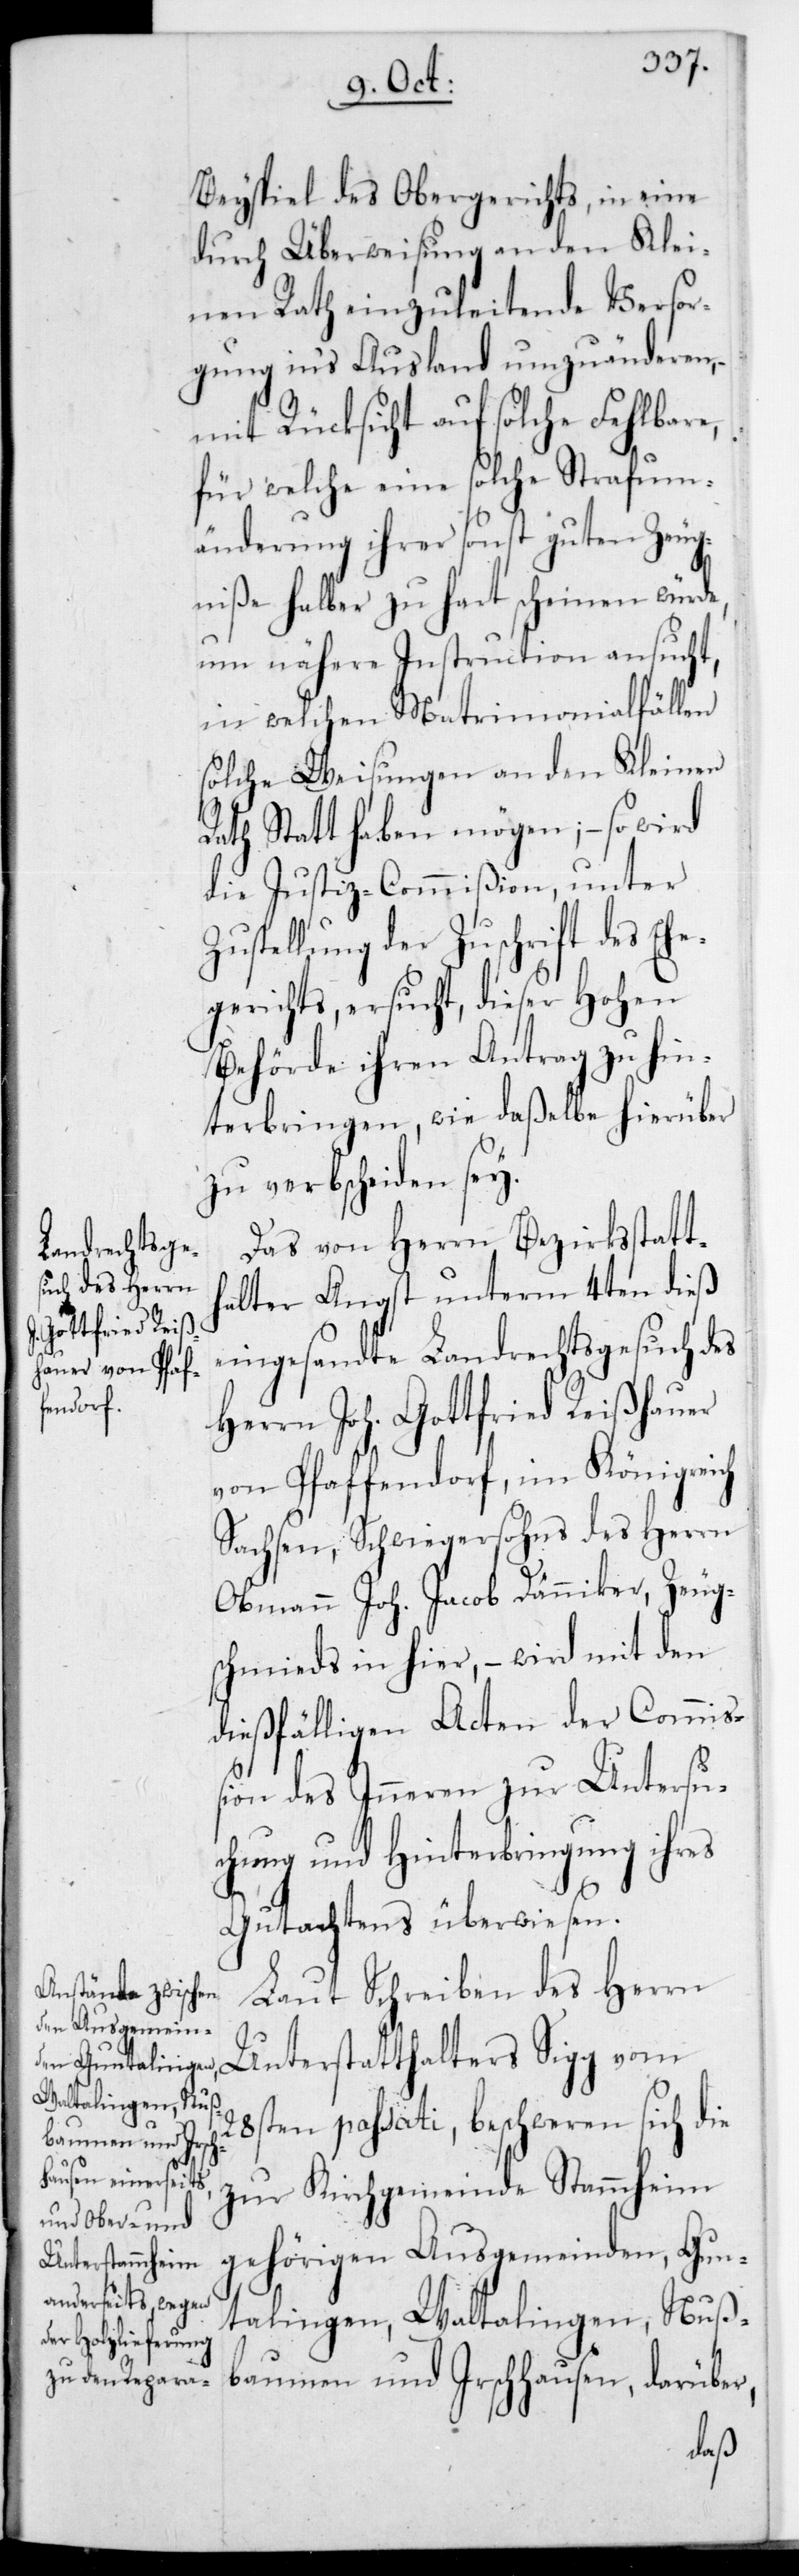
Beyspiel des Obergerichts, in eine
durch Überweisung an den Klei¬
nen Rath einzuleitende Versor¬
gung in‘s Ausland umzuänderen,
mit Rücksicht auf solche Fehlbar¬
für welche eine solche Strafum¬
änderung ihrer sonst guten Zeug¬
niße halber zu hart scheinen würde,
um nähere Instruction ansucht,
in welchen Matrimonialfällen
solche Weisungen an den Kleinen
Rath statthaben mögen; – so wird
die Justiz-Commißion, unter
Zustellung der Zuschrift des Eh¬
egerichts, ersucht, dieser Hohen
Behörde ihren Antrag zu hin¬
terbringen, wie daßelbe hierüber
zu verbescheiden sey.
Das von Herrn Bezirksstatt¬
halter Angst unterm 4ten dieß
eingesandte Landrechtsgesuch des
Herrn Joh. Gottfried Reißhauer
von Pfaffendorf im Königreich
Sachsen, Schwiegersohns des Herrn
Obmann Joh. Jacob Dänniker, Zeug¬
schmieds in hier, – wird mit den
dießfälligen Acten der Commiß¬
ion des Inneren zur Untersu¬
chung und Hinterbringung ihres
Gutachtens überwiesen.
Laut Schreiben des Herrn
Unterstatthalters Sigg vom
28sten passati, beschweren sich die
zur Kirchgemeinde Stammheim
gehörigen Ausgemeinden Gun¬
talingen, Waltalingen, Nuß¬
baumen und Irschhausen, darüber,
e,